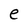
Character: e